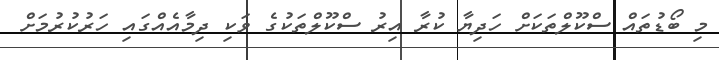
މި ބޯޑުތައް ސްކޫލްތަކަށް ހަދިޔާ ކުރާ އިރު ސްކޫލްތަކުގެ ވަކި ދިމާއެއްގައި ހަރުކުރުމަށް